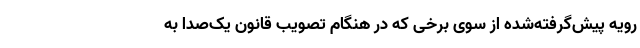
رویه پیش‌گرفته‌شده از سوی برخی که در هنگام تصویب قانون یک‌صدا به